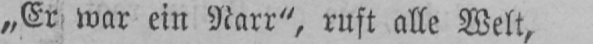
„Er war ein Narr“, ruft alle Welt,